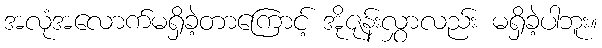
အလုံအလောက်မရှိခဲ့တာကြောင့် အိုဇုန်းလွှာလည်း မရှိခဲ့ပါဘူး။